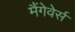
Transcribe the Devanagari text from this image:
मैंगेवेर्स